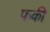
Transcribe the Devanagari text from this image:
फकी